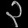
Digit: ၃